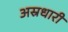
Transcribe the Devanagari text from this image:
अस्रधारी